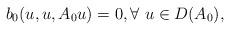
LaTeX: \begin{align*}b_0(u,u,A_0u)=0, \forall \ u\in D(A_0),\end{align*}